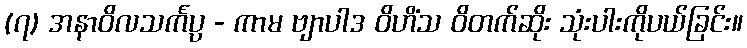
(၇) အနာဝိလသင်္ကပ္ပ - ကာမ ဗျာပါဒ ဝိဟိံသ ဝိတက်ဆိုး သုံးပါးကိုပယ်ခြင်း။